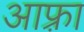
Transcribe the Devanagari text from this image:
आफ़्रा